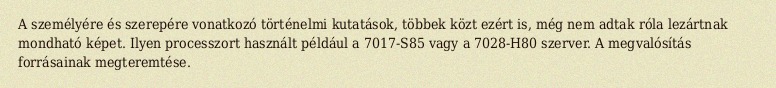
A személyére és szerepére vonatkozó történelmi kutatások, többek közt ezért is, még nem adtak róla lezártnak mondható képet. Ilyen processzort használt például a 7017-S85 vagy a 7028-H80 szerver. A megvalósítás forrásainak megteremtése.